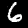
Digit: 6